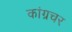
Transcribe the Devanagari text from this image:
कांग्रचर